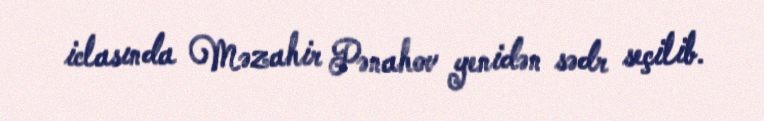
iclasında Məzahir Pənahov yenidən sədr seçilib.